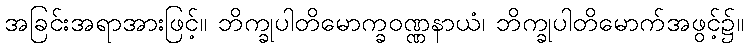
အခြင်းအရာအားဖြင့်။ ဘိက္ခုပါတိမောက္ခဝဏ္ဏနာယံ၊ ဘိက္ခုပါတိမောက်အဖွင့်၌။